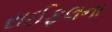
રાઈફલના